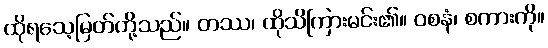
ထိုရသေ့မြတ်တို့သည်။ တဿ၊ ထိုသိကြားမင်း၏။ ဝစနံ၊ စကားကို။